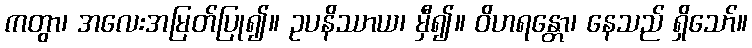
ကတွာ၊ အလေးအမြတ်ပြု၍။ ဥပနိဿာယ၊ မှီ၍။ ဝိဟရန္တော၊ နေသည် ရှိသော်။